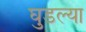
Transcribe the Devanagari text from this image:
घुडल्या